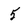
Character: 5